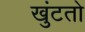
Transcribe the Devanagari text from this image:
खुंटतो